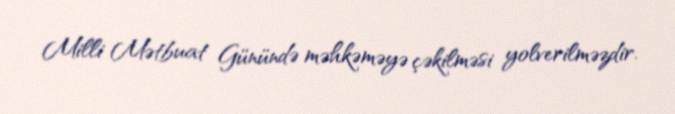
Milli Mətbuat Günündə məhkəməyə çəkilməsi yolverilməzdir.